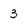
Character: 3